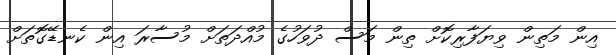
އިން މަތިން ވިޔަފާރިކޮށް ތިން މަސް ދުވަހުގެ މުއްދަތަށް މުސާރަ އިން ކެނޑޭގޮތަށް